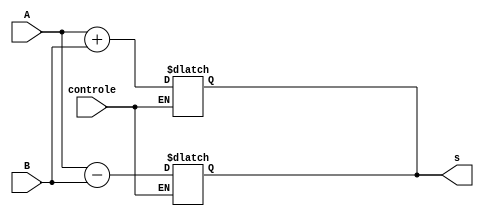
/* Implemente uma ALU que execute as operaes de soma (controle = 1) e
subtrao (controle = 0), considerando dois operandos com 8 bits cada. Crie um
testbench para verificar o funcionamento do seu cdigo 

By Felipe Victor: @phvictorr

*/

module main(A, B, controle, s);
    input [7:0] A, B; // Entradas de 8 bits
    input controle; // Controle 1 para soma ou 0 para subtrao
    output [7:0] s; // Sada de 8 bits
    reg [7:0] s3; // Sada intermediria
    wire [7:0] w1, w2; // Sadas intermedirias

    assign w1 = A; // A recebe fio w1
    assign w2 = B; // B recebe fio w2
    assign s = s3; // atribui registrador s3  sada

    always @(controle)
    begin
        if(controle == 1'b1) // Se o controle for 1, soma
            s3 = w1 + w2;
    end

    always @(controle)
    begin
        if(controle == 1'b0) // Se o controle for 0, subtrai
            s3 = w1 - w2;
    end

endmodule